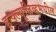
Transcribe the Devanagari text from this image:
इन्क्ल्यूजिव्हमधील